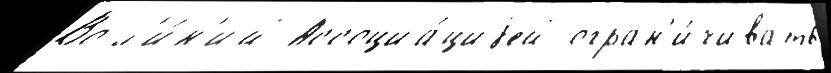
Во л'и́н'ий Ассоциа́циjей огран'и́чивать